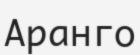
Аранго